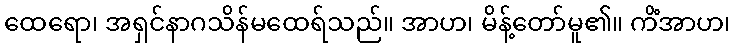
ထေရော၊ အရှင်နာဂသိန်မထေရ်သည်။ အာဟ၊ မိန့်တော်မူ၏။ ကိံအာဟ၊